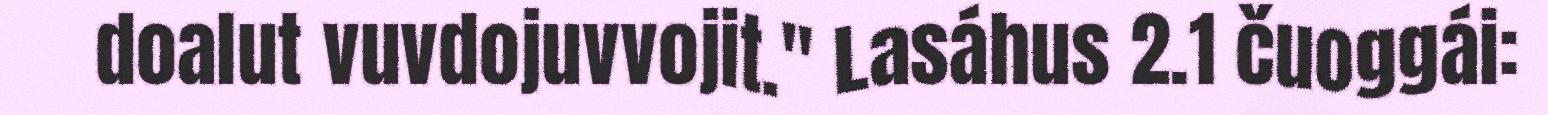
doalut vuvdojuvvojit." Lasáhus 2.1 čuoggái: